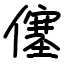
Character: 僿